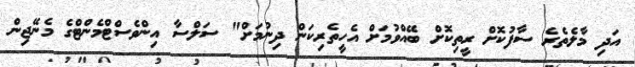
އަދި މާލެތެރެ ސާފުކޮށް ރީތިކޮށް ބޭއްވުމަށް އެހީތެރިކަން ދިނުމަށް" ސަލްސާ އިންވެސްޓްމެންޓްގެ މެނޭޖިން